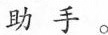
助手。